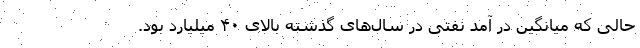
حالی که میانگین در آمد نفتی در سال‌های گذشته بالای ۴۰ میلیارد بود.